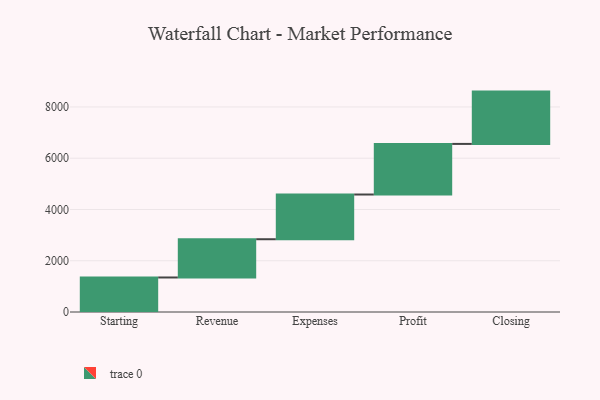
{"axis": {"x": "Step", "y": "Value"}, "legend": [""], "data": [{"x": "Starting", "y": 1347.0, "type": ""}, {"x": "Revenue", "y": 1492.0, "type": ""}, {"x": "Expenses", "y": 1745.0, "type": ""}, {"x": "Profit", "y": 1974.0, "type": ""}, {"x": "Closing", "y": 2041.0, "type": ""}]}